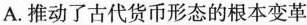
A.推动了古代货币形态的根本变革